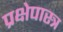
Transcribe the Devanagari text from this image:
प्रक्षेपास्‍त्र